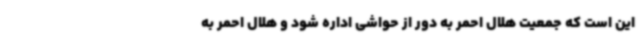
این است که جمعیت هلال احمر به دور از حواشی اداره شود و هلال احمر به